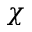
\chi